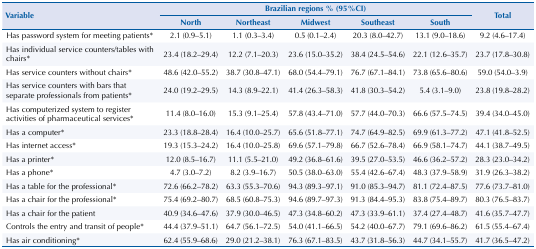
<table><thead><tr><td rowspan="3"><b>Variable</b></td><td colspan="5"><b>Brazilian regions % (95%CI)</b></td><td rowspan="3"><b>Total</b></td></tr><tr><td><b>North</b></td><td><b>Northeast</b></td><td><b>Midwest</b></td><td><b>Southeast</b></td><td><b>South</b></td></tr></thead><tbody><tr><td>Has password system for meeting patients*</td><td>2.1 (0.9–5.1)</td><td>1.1 (0.3–3.4)</td><td>0.5 (0.1–2.4)</td><td>20.3 (8.0–42.7)</td><td>13.1 (9.0–18.6)</td><td>9.2 (4.6–17.4)</td></tr><tr><td>Has individual service counters/tables with chairs*</td><td>23.4 (18.2–29.4)</td><td>12.2 (7.1–20.3)</td><td>23.6 (15.0–35.2)</td><td>38.4 (24.5–54.6)</td><td>22.1 (12.6–35.7)</td><td>23.7 (17.8–30.8)</td></tr><tr><td>Has service counters without chairs*</td><td>48.6 (42.0–55.2)</td><td>38.7 (30.8–47.1)</td><td>68.0 (54.4–79.1)</td><td>76.7 (67.1–84.1)</td><td>73.8 (65.6–80.6)</td><td>59.0 (54.0–3.9)</td></tr><tr><td>Has service counters with bars that separate professionals from patients*</td><td>24.0 (19.2–29.5)</td><td>14.3 (8.9–22.1)</td><td>41.4 (26.3–58.3)</td><td>41.8 (30.3–54.2)</td><td>5.4 (3.1–9.0)</td><td>23.8 (19.8–28.2)</td></tr><tr><td>Has computerized system to register activities of pharmaceutical services*</td><td>11.4 (8.0–16.0)</td><td>15.3 (9.1–25.4)</td><td>57.8 (43.4–71.0)</td><td>57.7 (44.0–70.3)</td><td>66.6 (57.5–74.5)</td><td>39.4 (34.0–45.0)</td></tr><tr><td>Has a computer*</td><td>23.3 (18.8–28.4)</td><td>16.4 (10.0–25.7)</td><td>65.6 (51.8–77.1)</td><td>74.7 (64.9–82.5)</td><td>69.9 (61.3–77.2)</td><td>47.1 (41.8–52.5)</td></tr><tr><td>Has internet access*</td><td>19.3 (15.3–24.2)</td><td>16.4 (10.0–25.8)</td><td>69.6 (57.1–79.8)</td><td>66.7 (52.6–78.4)</td><td>66.9 (58.1–74.7)</td><td>44.1 (38.7–49.5)</td></tr><tr><td>Has a printer*</td><td>12.0 (8.5–16.7)</td><td>11.1 (5.5–21.0)</td><td>49.2 (36.8–61.6)</td><td>39.5 (27.0–53.5)</td><td>46.6 (36.2–57.2)</td><td>28.3 (23.0–34.2)</td></tr><tr><td>Has a phone*</td><td>4.7 (3.0–7.2)</td><td>8.2 (3.9–16.7)</td><td>50.5 (38.0–63.0)</td><td>55.4 (42.6–67.4)</td><td>48.3 (37.9–58.9)</td><td>31.9 (26.3–38.2)</td></tr><tr><td>Has a table for the professional*</td><td>72.6 (66.2–78.2)</td><td>63.3 (55.3–70.6)</td><td>94.3 (89.3–97.1)</td><td>91.0 (85.3–94.7)</td><td>81.1 (72.4–87.5)</td><td>77.6 (73.7–81.0)</td></tr><tr><td>Has a chair for the professional*</td><td>75.4 (69.2–80.7)</td><td>68.5 (60.8–75.3)</td><td>94.6 (89.7–97.3)</td><td>91.3 (84.4–95.3)</td><td>83.8 (75.4–89.7)</td><td>80.3 (76.5–83.7)</td></tr><tr><td>Has a chair for the patient</td><td>40.9 (34.6–47.6)</td><td>37.9 (30.0–46.5)</td><td>47.3 (34.8–60.2)</td><td>47.3 (33.9–61.1)</td><td>37.4 (27.4–48.7)</td><td>41.6 (35.7–47.7)</td></tr><tr><td>Controls the entry and transit of people*</td><td>44.4 (37.9–51.1)</td><td>64.7 (56.1–72.5)</td><td>54.0 (41.1–66.5)</td><td>54.2 (40.0–67.7)</td><td>79.1 (69.6–86.2)</td><td>61.5 (55.4–67.4)</td></tr><tr><td>Has air conditioning*</td><td>62.4 (55.9–68.6)</td><td>29.0 (21.2–38.1)</td><td>76.3 (67.1–83.5)</td><td>43.7 (31.8–56.3)</td><td>44.7 (34.1–55.7)</td><td>41.7 (36.5–47.2)</td></tr></tbody></table>